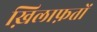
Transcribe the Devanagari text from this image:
ख़िलाफ़तों